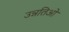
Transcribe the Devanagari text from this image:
उन्नतिओं